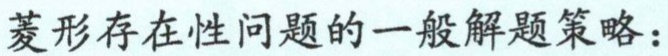
菱形存在性问题的一般解题策略：